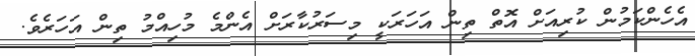
އެހެންކަމުން ކުރިއަށް އޮތް ތިން އަހަރަކީ މިސަރުކާރަށް އެންމެ މުހިއްމު ތިން އަހަރެވެ.